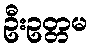
ဦးဥတ္တမ